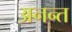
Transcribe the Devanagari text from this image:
अनन्‍त